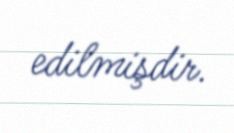
edilmişdir.